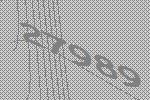
27989